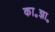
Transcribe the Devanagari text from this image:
का॰ज्ञा॰